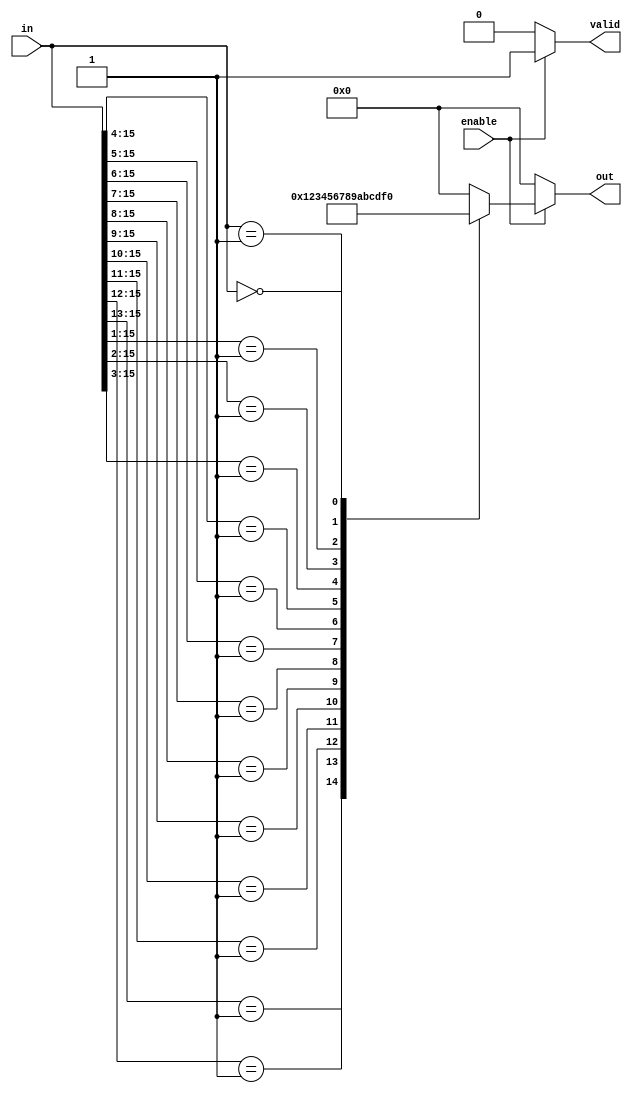
module multilevel_encoder (
    input wire [15:0] in,    // 16 input lines
    input wire enable,        // Enable signal
    output reg [3:0] out,     // 4 output lines (for 16 inputs)
    output reg valid          // Valid signal to indicate output is valid
);

    always @(*) begin
        if (!enable) begin
            out = 4'b0000;    // Output is zero when not enabled
            valid = 1'b0;     // Output is not valid
        end else begin
            valid = 1'b1;      // Output is valid
            casez (in)
                16'b1???????_??????? : out = 4'd0; // Input 0 active
                16'b01??????_??????? : out = 4'd1; // Input 1 active
                16'b001?????_??????? : out = 4'd2; // Input 2 active
                16'b0001????_??????? : out = 4'd3; // Input 3 active
                16'b00001???_??????? : out = 4'd4; // Input 4 active
                16'b000001??_??????? : out = 4'd5; // Input 5 active
                16'b0000001?_??????? : out = 4'd6; // Input 6 active
                16'b00000001_??????? : out = 4'd7; // Input 7 active
                16'b00000000_1?????? : out = 4'd8; // Input 8 active
                16'b00000000_01????? : out = 4'd9; // Input 9 active
                16'b00000000_001???? : out = 4'd10; // Input 10 active
                16'b00000000_0001??? : out = 4'd11; // Input 11 active
                16'b00000000_00001?? : out = 4'd12; // Input 12 active
                16'b00000000_000001? : out = 4'd13; // Input 13 active
                16'b00000000_0000001 : out = 4'd14; // Input 14 active
                16'b00000000_0000000 : out = 4'd15; // Input 15 active
                default : out = 4'b0000; // Default case
            endcase
        end
    end

endmodule